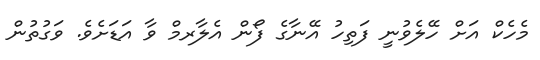
މެހެކް އަށް ހޭލެވުނީ ފަތިހު އޭނާގެ ފޯން އެލާރމް ވާ އަޑަށެވެ. ވަގުތުން